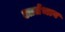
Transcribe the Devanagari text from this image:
आर्तभाव